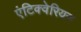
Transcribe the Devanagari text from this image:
एंटिक्वेरियन